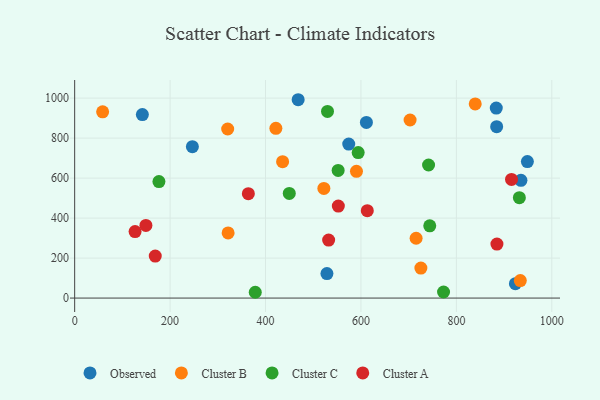
{"axis": {"x": "Study Hours", "y": "Demand"}, "legend": ["Cluster A", "Cluster B", "Cluster C", "Observed"], "data": [{"x": "468.4", "y": 992.0, "type": "Observed"}, {"x": "923.7", "y": 71.8, "type": "Observed"}, {"x": "884.4", "y": 857.1, "type": "Observed"}, {"x": "141.9", "y": 917.7, "type": "Observed"}, {"x": "948.8", "y": 682.9, "type": "Observed"}, {"x": "883.6", "y": 950.2, "type": "Observed"}, {"x": "574.4", "y": 770.2, "type": "Observed"}, {"x": "528.7", "y": 122.5, "type": "Observed"}, {"x": "246.7", "y": 757.1, "type": "Observed"}, {"x": "935.3", "y": 589.1, "type": "Observed"}, {"x": "611.4", "y": 878.7, "type": "Observed"}, {"x": "703.0", "y": 890.6, "type": "Cluster B"}, {"x": "320.7", "y": 845.5, "type": "Cluster B"}, {"x": "725.6", "y": 150.1, "type": "Cluster B"}, {"x": "590.6", "y": 634.0, "type": "Cluster B"}, {"x": "715.6", "y": 299.3, "type": "Cluster B"}, {"x": "934.0", "y": 87.6, "type": "Cluster B"}, {"x": "435.8", "y": 682.3, "type": "Cluster B"}, {"x": "522.3", "y": 548.5, "type": "Cluster B"}, {"x": "58.6", "y": 931.4, "type": "Cluster B"}, {"x": "421.7", "y": 849.0, "type": "Cluster B"}, {"x": "839.5", "y": 970.9, "type": "Cluster B"}, {"x": "321.6", "y": 326.0, "type": "Cluster B"}, {"x": "378.5", "y": 29.0, "type": "Cluster C"}, {"x": "176.6", "y": 582.7, "type": "Cluster C"}, {"x": "741.7", "y": 665.5, "type": "Cluster C"}, {"x": "932.0", "y": 502.0, "type": "Cluster C"}, {"x": "744.2", "y": 361.1, "type": "Cluster C"}, {"x": "529.9", "y": 933.7, "type": "Cluster C"}, {"x": "449.8", "y": 523.6, "type": "Cluster C"}, {"x": "552.2", "y": 638.5, "type": "Cluster C"}, {"x": "773.1", "y": 30.5, "type": "Cluster C"}, {"x": "594.2", "y": 727.8, "type": "Cluster C"}, {"x": "885.0", "y": 269.9, "type": "Cluster A"}, {"x": "168.9", "y": 209.9, "type": "Cluster A"}, {"x": "532.3", "y": 289.9, "type": "Cluster A"}, {"x": "149.3", "y": 363.1, "type": "Cluster A"}, {"x": "552.6", "y": 460.0, "type": "Cluster A"}, {"x": "364.0", "y": 521.9, "type": "Cluster A"}, {"x": "915.6", "y": 593.6, "type": "Cluster A"}, {"x": "613.3", "y": 437.3, "type": "Cluster A"}, {"x": "126.6", "y": 332.7, "type": "Cluster A"}]}